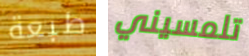
طبعة تلمسيني